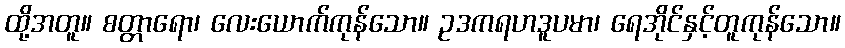
ထို့အတူ။ စတ္တာရော၊ လေးယောက်ကုန်သော။ ဥဒကရဟဒူပမာ၊ ရေအိုင်နှင့်တူကုန်သော။